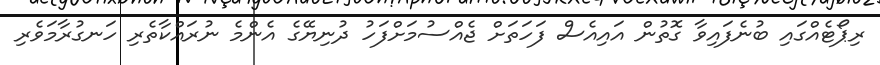
ރިޕޯޓެއްގައި ބުނެފައިވާ ގޮތުން އައިއެސް ފަހަތަށް ޖެއްސުމަށްފަހު ދުނިޔޭގެ އެންމެ ނުރައްކާތެރި ހަނގުރާމަވެރި